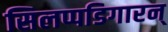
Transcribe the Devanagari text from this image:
सिलप्पडिगारन्